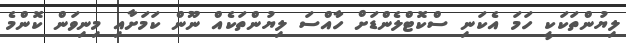
ލިޔުންތަކަކީ ހަމަ އެކަނި ސްކޮޓްލެންޑަށް ހާއްސަ ލިޔުންތަކެއް ނޫން ކަމަށާއި މިނިވަން ކޮންމެ